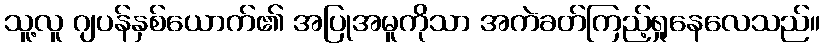
သူ့လူ ဂျပန်နှစ်ယောက်၏ အပြုအမူကိုသာ အကဲခတ်ကြည့်ရှုနေလေသည်။